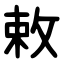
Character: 敕